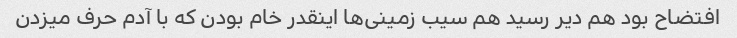
افتضاح بود هم دیر رسید هم سیب زمینی‌ها اینقدر خام بودن که با آدم حرف میزدن